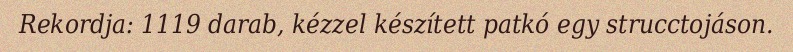
Rekordja: 1119 darab, kézzel készített patkó egy strucctojáson.